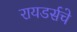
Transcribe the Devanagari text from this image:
रायडर्सचे